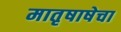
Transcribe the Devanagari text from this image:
मातृषाषेचा